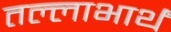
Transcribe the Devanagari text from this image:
तल्लाभार्थं